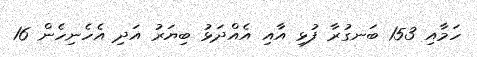
ހަމާއި 153 ބަނގުރާ ފުޅި އާއި އެއްދަޅު ބިޔަރު އަދި އެހެނިހެން 16